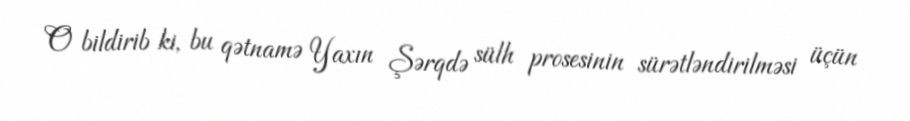
O bildirib ki, bu qətnamə Yaxın Şərqdə sülh prosesinin sürətləndirilməsi üçün